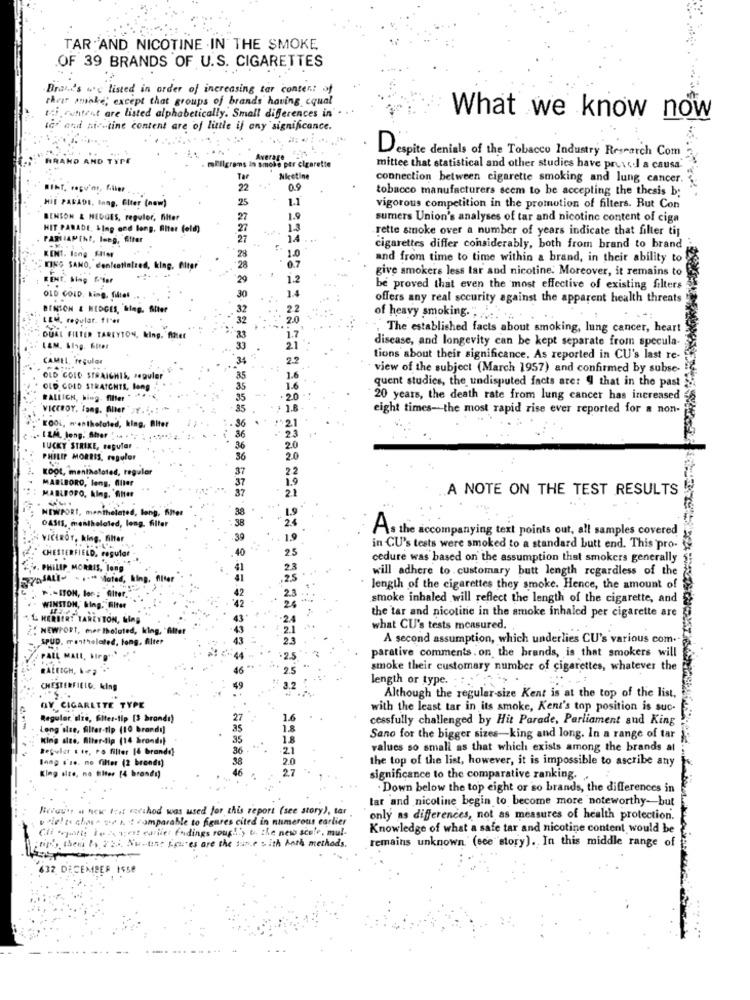
TAR AND NICOTINE .IN THE SMOKE
.OF 39 BRANDS OF U.S. CIGARETTES
Brand's wc listed in order of increasing tar content of
that make; except that groups of brands having equal
tai, rutitest are listed alphabetically. Small differences in
What we know now
tof and nicotine content are of little if any significance.
BRAND AND TYPE
grams In
Despite denials of the Tobacco Industry Research Com
per cigarette
mittee that statistical and other studies have prus c.l a causa:"
Tar
ketine
connection between cigarette smoking and lung cancer. ?.
RENT, ropy'ar, filer
22
09
tobacco manufacturers seem to be accepting the thesis b;
HIT PARADE, lang, Elter (new)
25
vigorous competition in the promotion of filters. But Con
BENSON & HEDGES, reguler, filter
27
summers Union's analyses of tar and nicotine content of ciga
HIT PARADE, &Ing and long, Biter (old)
27
rette smoke over a number of years indicate that filter tij
PARLAPINE, long, filter
27
cigarettes differ considerably, both from brand to brand
KENT. long Sier
and from time to time within a brand, in their ability to
KING SANO, cenfestinired, king. Biter
-28
give smokers less tar and nicotine. Moreover, it remains to
RENT, Bing G"ter
29
1.2
14
be proved that even the most effective of existing filters
OLD GOLD, king, filtes
30
offers any real security against the apparent health threats
BENTON & HEDGES, klag. Aller
2.2
LEM, regulat. f1"er
20
of heavy smoking .....
The established facts about smoking, lung cancer, heart
DUAL FILTER TAREYTON, king, filter
i.7
disease, and longevity can be kept separate from specula-
33
21
CAMEL, regular
34
2.2
tions about their significance. As reported in CU's last re-
view of the subject (March 1957) and confirmed by subse-
OLD GOLD STRAIGHIS, reguler
85
1.6
quent studies, the undisputed facts are: 9 that in the past
OLD GOLD STRATCHTS, lang
1.6
BALLICH, bing- filter
20
20 years, the death rate from lung cancer has increased
VICEROY, Tang, Sier" ;f.
1.8
eight times- the most rapid rise ever reported for a non-
KOOL, mentholated, king, Biter
.- [&M, Jong. Sher " .. ..
LUCKY STRIKE, regular
PHILIP MORRIS, regular
20
KOOL, mentholated, regular
37
2.2
MARLBORO, lang, Aller
2.1
A NOTE ON THE TEST RESULTS
MARLBORO, king. f114
NEWPORT, menthelated, lang, filter
OASIS, mentholated, long. filter
As the accompanying text points out, all samples covered
VICEROY, klng, filter
39
40
25
in CU's tests were smoked to a standard butt end. This pro-
CHESTERFIELD, regular
cedure was based on the assumption that smokers generally
PHILIP MORRIS, long
will adhere to . customary butt length regardless of the
length of the cigarettes they smoke. Hence, the amount of
P .- SON, lon; filter.
smoke inhaled will reflect the length of the cigarette, and
WINSTON, king." Biter
& HERBERT TAREYTON, king
the tar and nicotine in the smoke inhaled per cigarette are
: NEWPORT, mer tholated, king, "filter
what CU's tests measured.
SPUD, mentholated, long, filter
23
A second assumption, which underlies CU's various com ..
PALL MALL, BIPp
:2.5
parative comments. on the brands, is that smokers will
RALEIGH,
2.5
smoke their customary number of cigarettes, whatever the
length or type. :: : '>
CHESTERFIELD, king
3.2
Although the regular-size Kent is at the top of the list,
DV CIGARETTE TYPE
with the least tar in its smoke, Kent's top position is suc-
Regular size, fiter-tip [3 brandi)
27
1.6
cessfully challenged by Hit Parade, Parliament and King
Long size, filter-tip (10 brandi)
85
1.8
King size, Alter-dip (14 brondi)
35
1.8
Sano for the bigger sizes-king and long. In a range of tar
Regular t te, ro filter 16 brandi)
36
-21
values so small as that which exists among the brands at
lang s'te. no filter (2 bronds)
38
2.0
the top of the list, however, it is impossible to ascribe any
King size, na tilter [4 brandi)
significance to the comparative ranking.
Down below the top eight or so brands, the differences in
tar and nicotine begin to become more noteworthy-but
Horas's a new test method was used for this report (see story), tar
voirto chos sent comparable to figures cited in numerous earlier
only as differences, not as measures of health protection.
Cli orgott: Fezes;est earlier Endings roug !!, ti the new scole, mul-
Knowledge of what a safe tar and nicotine content would be
for's, then 14 22 ... Nu.tint Figures are the sun.e s ith Anth methods.
remains unknown. (see story). In this middle range of
632 DECEMBER 1558